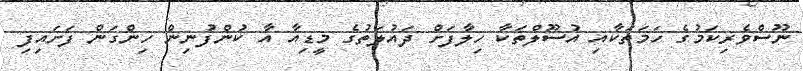
ނޫސްވެރިކަމުގެ ހަމަތަކާއި އުސޫލްތަކާ ހިލާފަށް ދައުލަތުގެ މީޑިއާ އާ ކުންފުނިން ހިންގަން ފަށައިފި